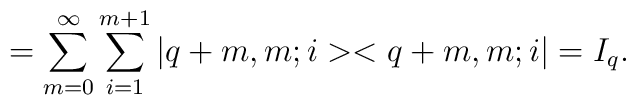
=\sum_{m=0}^\infty \sum_{i=1}^{m+1}|q+m,m;i><q+m,m;i|=I_q.